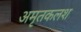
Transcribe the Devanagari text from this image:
अमृतकलश